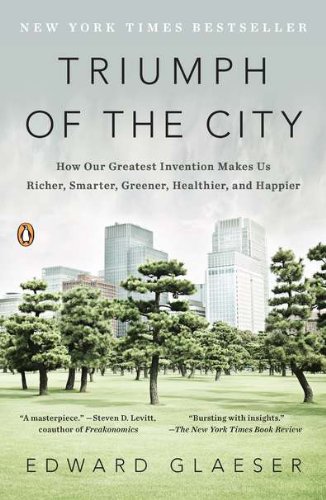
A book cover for Triumph of the City: How Our Greatest Invention Makes Us Richer, Smarter, Greener, Healthier, and Happier; Edward Glaeser; Business & Money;